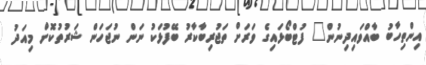
އިންތިހާބު ބާއްވައިދިނުން" ފުޓްބޯޅައިގެ ވަރަށް ތަޖުރިބާކާރު ބޭފުޅަކު ނަން ނުޖަހަން ޝަރުތުކޮށް މިއަދު